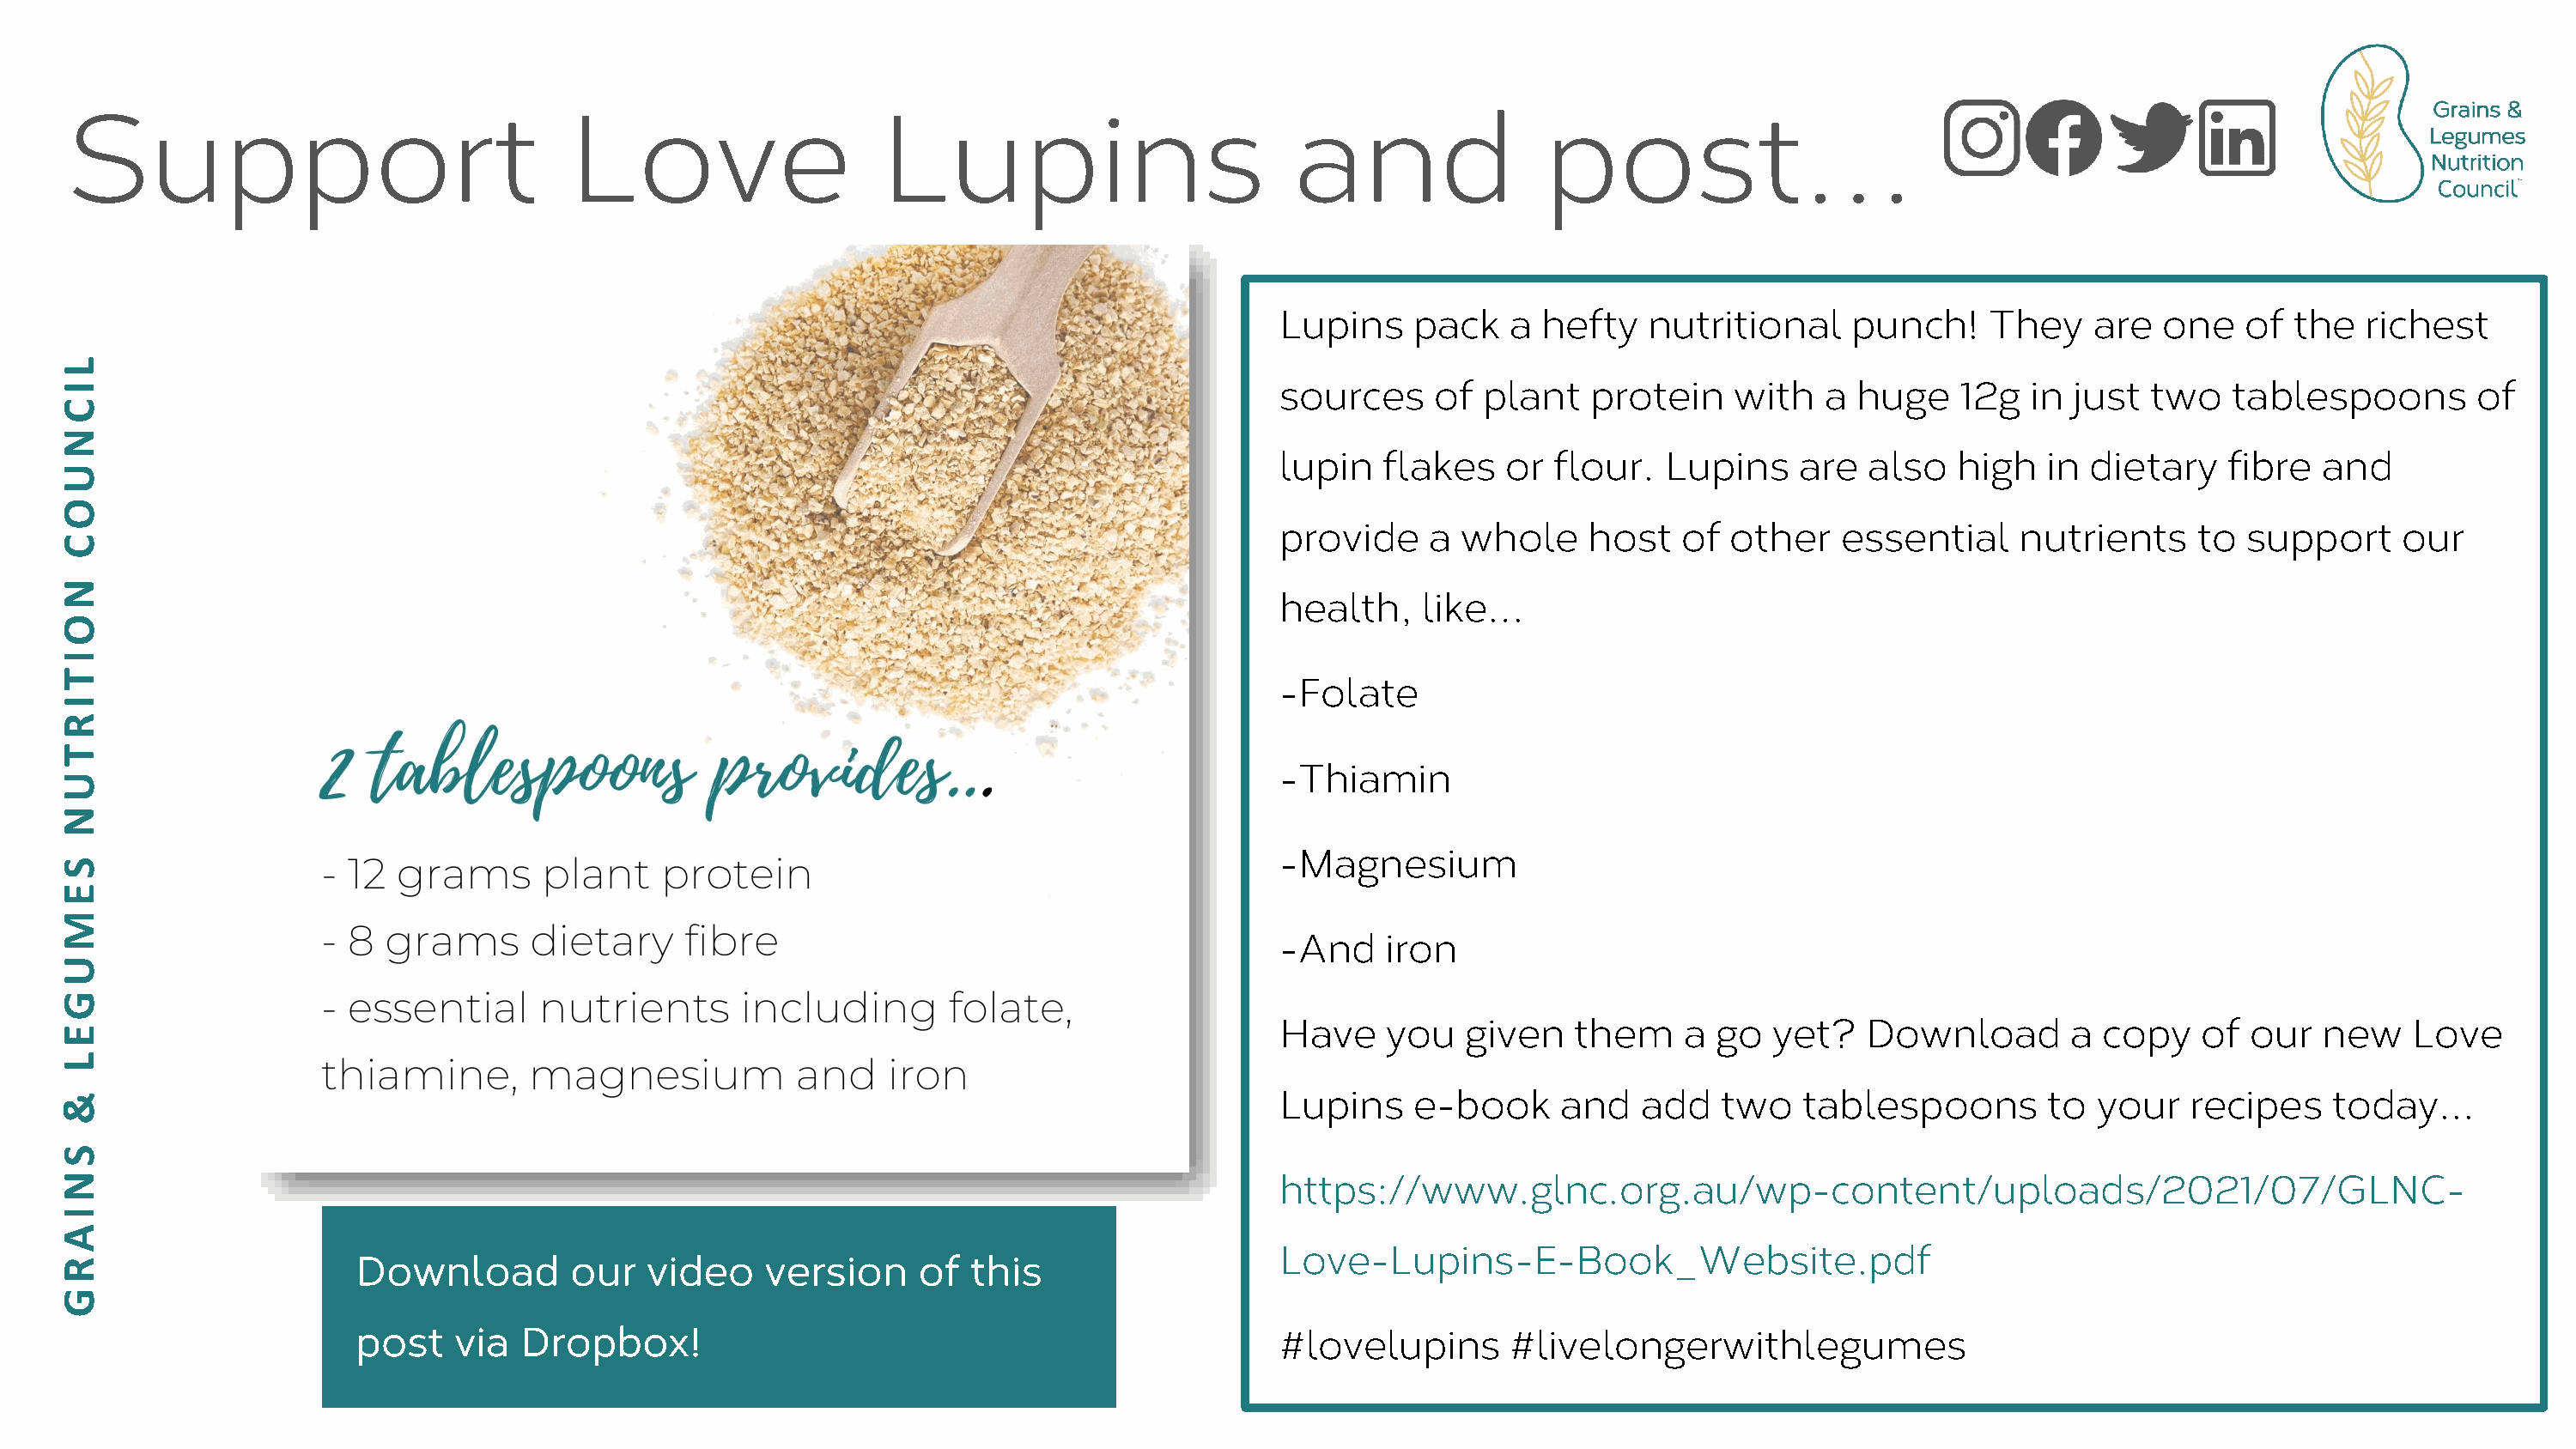
Support                                Love                    Lupins                          and                post…
 Lupins    pack   a  hefty   nutritional     punch!    They    are   one   of  the  richest
 sources     of plant    protein    with   a huge    12g   in just  two   tablespoons        of
 lupin   flakes   or  flour.  Lupins     are  also   high   in dietary    fibre  and
 provide    a  whole    host    of other    essential     nutrients    to  support     our
 health,    like…
 -Folate
 -Thiamin
 -Magnesium
 -And    iron
 Have    you   given   them     a go   yet?   Download        a copy    of our   new    Love
 Lupins    e-book     and    add   two   tablespoons        to  your   recipes    today...
 https://www.glnc.org.au/wp-content/uploads/2021/07/GLNC-
 Love-Lupins-E-Book_Website.pdf
 Download         our   video    version     of  this
 post    via  Dropbox!                                                   #lovelupins      #livelongerwithlegumes
 LICNUOC
 NOITIRTUN
 SEMUGEL
 &
 SNIARG